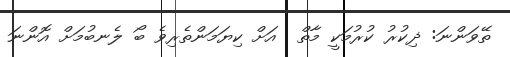
ތޭވަންނަ: ޛިކުރު ކުރުމަކީ މާތް  އަށް ކިޔަމަންތެރިވެ ބޯ ލެނބުމަށް އޮންނަ